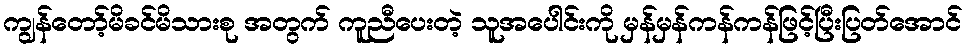
ကျွန်တော့်မိခင်မိသားစု အတွက် ကူညီပေးတဲ့ သူအပေါင်းကို မှန်မှန်ကန်ကန်ဖြင့်ပြီးပြတ်အောင်